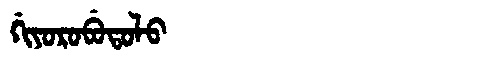
Manchu: ᡤᡳᠶᠣᡵᠣᠪᡠᡨᠣᠯᠣ
Romanization: GIYOROBUTOLO